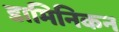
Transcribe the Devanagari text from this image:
डामिनिकन